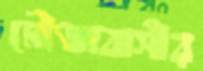
মৌজাবাসীর